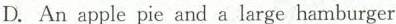
D. An apple pie and a large hamburger